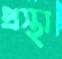
প্রস্থা